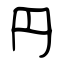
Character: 円